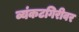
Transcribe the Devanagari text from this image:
व्यंकटगिरीवर